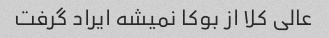
عالی کلا از بوکا نمیشه ایراد گرفت